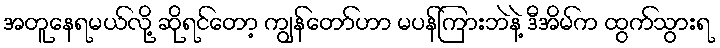
အတူနေရမယ်လို့ ဆိုရင်တော့ ကျွန်တော်ဟာ မပန်ကြားဘဲနဲ့ ဒီအိမ်က ထွက်သွားရ